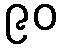
၉၀